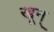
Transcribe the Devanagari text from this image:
खून्